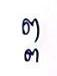
ព្ព